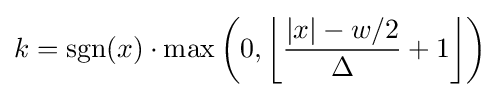
k=\operatorname {sgn} (x)\cdot \max \left(0,\left\lfloor {\frac {\left|x\right|-w/2}{\Delta }}+1\right\rfloor \right)